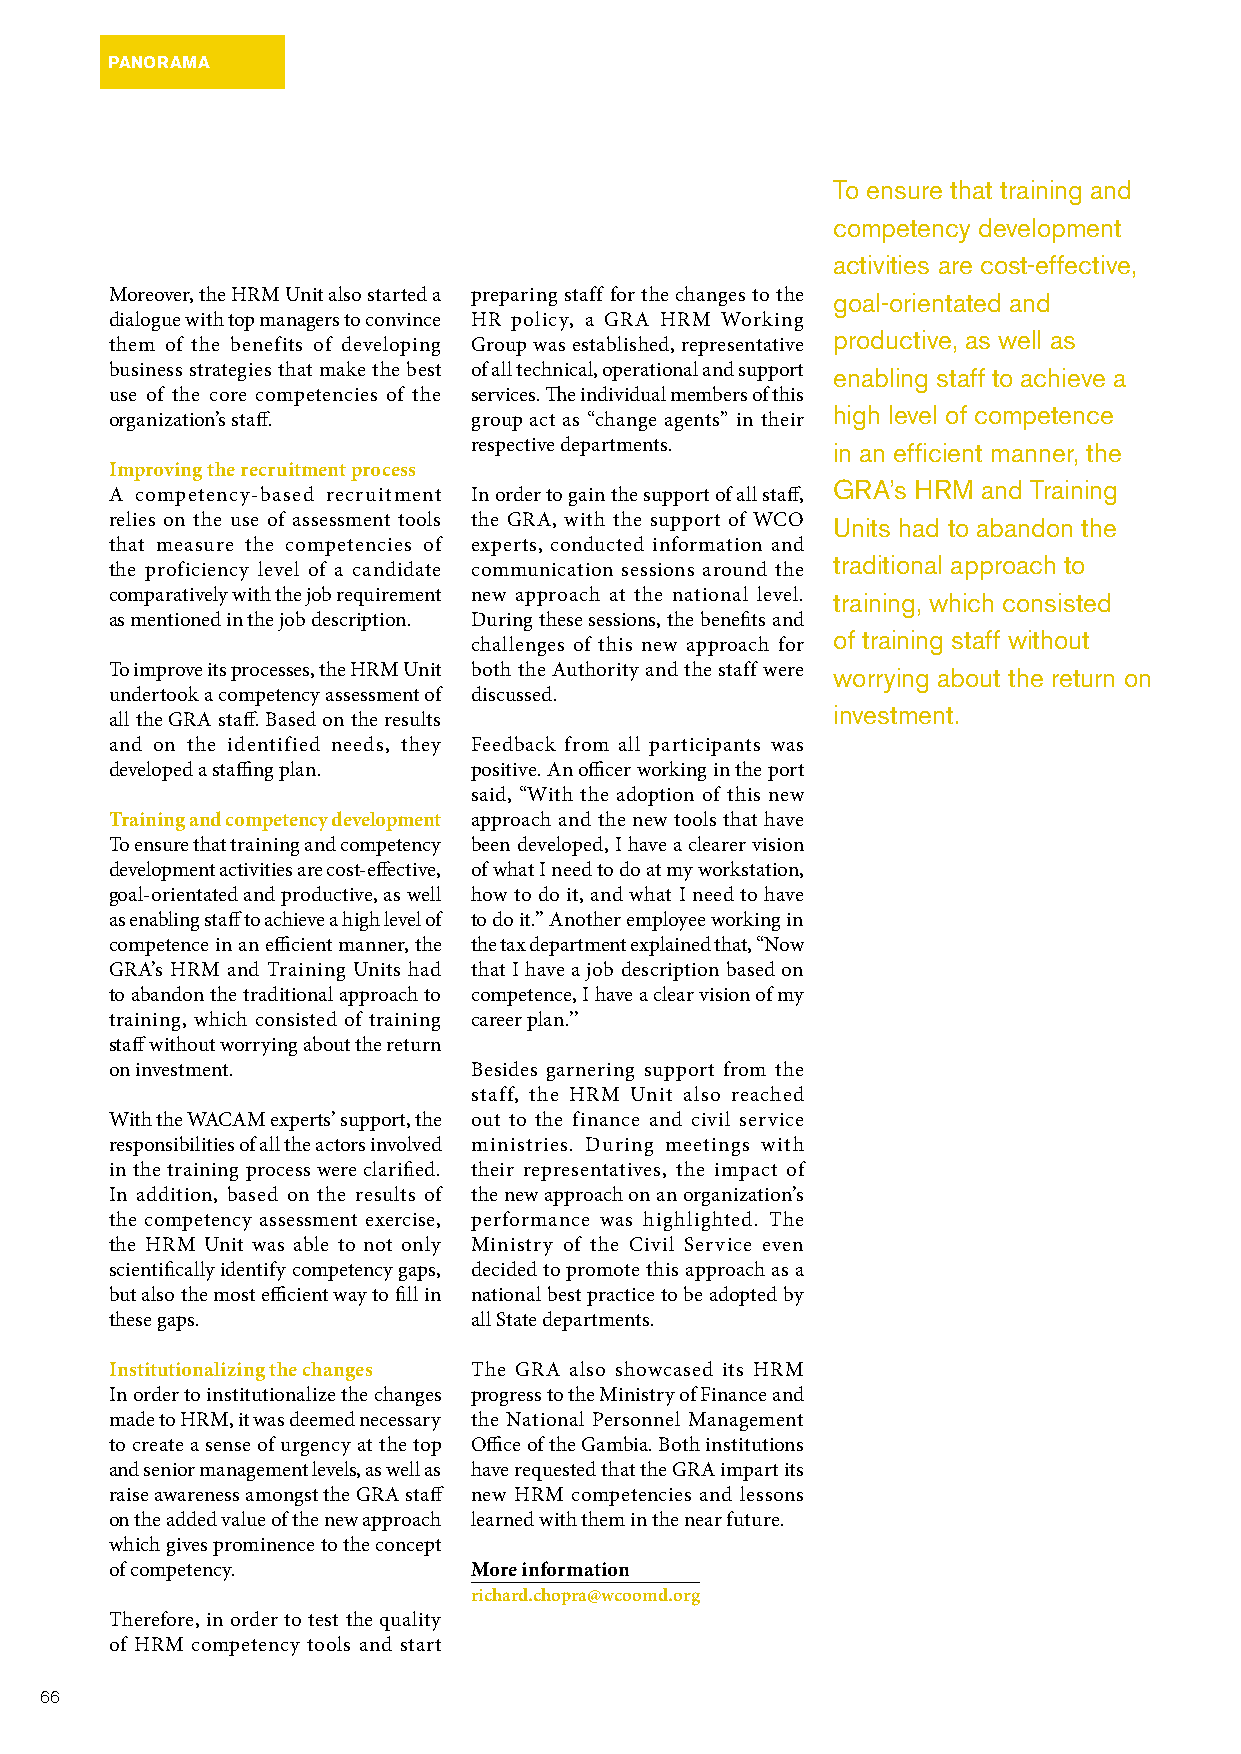
PANORAMA
 To ensure that training and
 competency development
 activities are cost-effective,
 Moreover, the HRM Unit also started a preparing staff for the changes to the goal-orientated and
 dialogue with top managers to convince HR policy, a GRA HRM Working
 productive, as well as
 them of the benefits of developing Group was established, representative
 business strategies that make the best of all technical, operational and support enabling staff to achieve a
 use of the core competencies of the services. The individual members of this
 high level of competence
 organization’s staff.   group act as “change agents” in their
 respective departments. in an efficient manner, the
 Improving the recruitment process
 GRA’s HRM and Training
 A competency-based recruitment In order to gain the support of all staff,
 relies on the use of assessment tools the GRA, with the support of WCO Units had to abandon the
 that measure the competencies of experts, conducted information and
 traditional approach to
 the proficiency level of a candidate communication sessions around the
 comparatively with the job requirement new approach at the national level. training, which consisted
 as mentioned in the job description. During these sessions, the benefits and
 of training staff without
 challenges of this new approach for
 To improve its processes, the HRM Unit both the Authority and the staff were worrying about the return on
 undertook a competency assessment of discussed.
 investment.
 all the GRA staff. Based on the results
 and on the identified needs, they Feedback from all participants was
 developed a staffing plan. positive. An officer working in the port
 said, “With the adoption of this new
 Training and competency development approach and the new tools that have
 To ensure that training and competency been developed, I have a clearer vision
 development activities are cost-effective, of what I need to do at my workstation,
 goal-orientated and productive, as well how to do it, and what I need to have
 as enabling staff to achieve a high level of to do it.’’ Another employee working in
 competence in an efficient manner, the the tax department explained that, “Now
 GRA’s HRM and Training Units had that I have a job description based on
 to abandon the traditional approach to competence, I have a clear vision of my
 training, which consisted of training career plan.’’
 staff without worrying about the return
 on investment.          Besides garnering support from the
 staff, the HRM Unit also reached
 With the WACAM experts’ support, the out to the finance and civil service
 responsibilities of all the actors involved ministries. During meetings with
 in the training process were clarified. their representatives, the impact of
 In addition, based on the results of the new approach on an organization’s
 the competency assessment exercise, performance was highlighted. The
 the HRM Unit was able to not only Ministry of the Civil Service even
 scientifically identify competency gaps, decided to promote this approach as a
 but also the most efficient way to fill in national best practice to be adopted by
 these gaps.             all State departments.
 Institutionalizing the changes The GRA also showcased its HRM
 In order to institutionalize the changes progress to the Ministry of Finance and
 made to HRM, it was deemed necessary the National Personnel Management
 to create a sense of urgency at the top Office of the Gambia. Both institutions
 and senior management levels, as well as have requested that the GRA impart its
 raise awareness amongst the GRA staff new HRM competencies and lessons
 on the added value of the new approach learned with them in the near future.
 which gives prominence to the concept
 of competency.          More information
 richard.chopra@wcoomd.org
 Therefore, in order to test the quality
 of HRM competency tools and start
 66